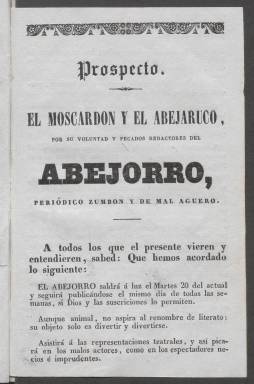
Título: El Abejorro (Sevilla)
Colección: Periódicos anteriores a 1850
Ámbito geográfico: Sevilla
Lugar de publicación: Sevilla
Fechas: 01/01/1841-15/06/1841